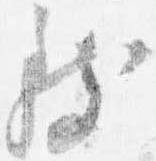
致